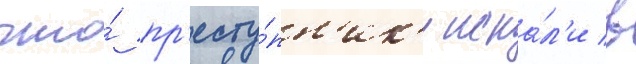
что́ пр'есту́пн'ик'и иска́л'и в